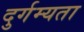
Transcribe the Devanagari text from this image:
दुर्गम्यता